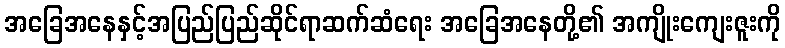
အခြေအနေနှင့်အပြည်ပြည်ဆိုင်ရာဆက်ဆံရေး အခြေအနေတို့၏ အကျိုးကျေးဇူးကို